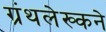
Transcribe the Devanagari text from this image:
ग्रंथलेख्कने